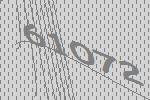
61072